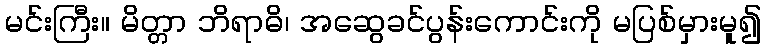
မင်းကြီး။ မိတ္တာ ဘိရာဓိ၊ အဆွေခင်ပွန်းကောင်းကို မပြစ်မှားမူ၍